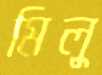
মিলু